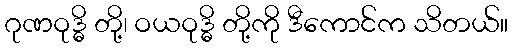
ဂုဏဝုဒ္ဓိ တို့၊ ဝယဝုဒ္ဓိ တို့ကို ဒီကောင်က သိတယ်။